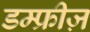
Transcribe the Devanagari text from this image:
डम्फ्रीज़